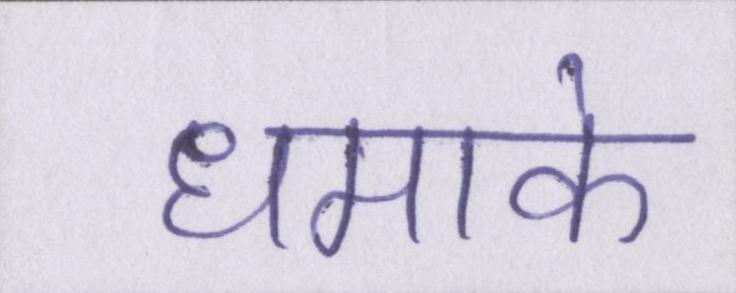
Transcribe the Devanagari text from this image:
धमाके